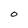
Character: O